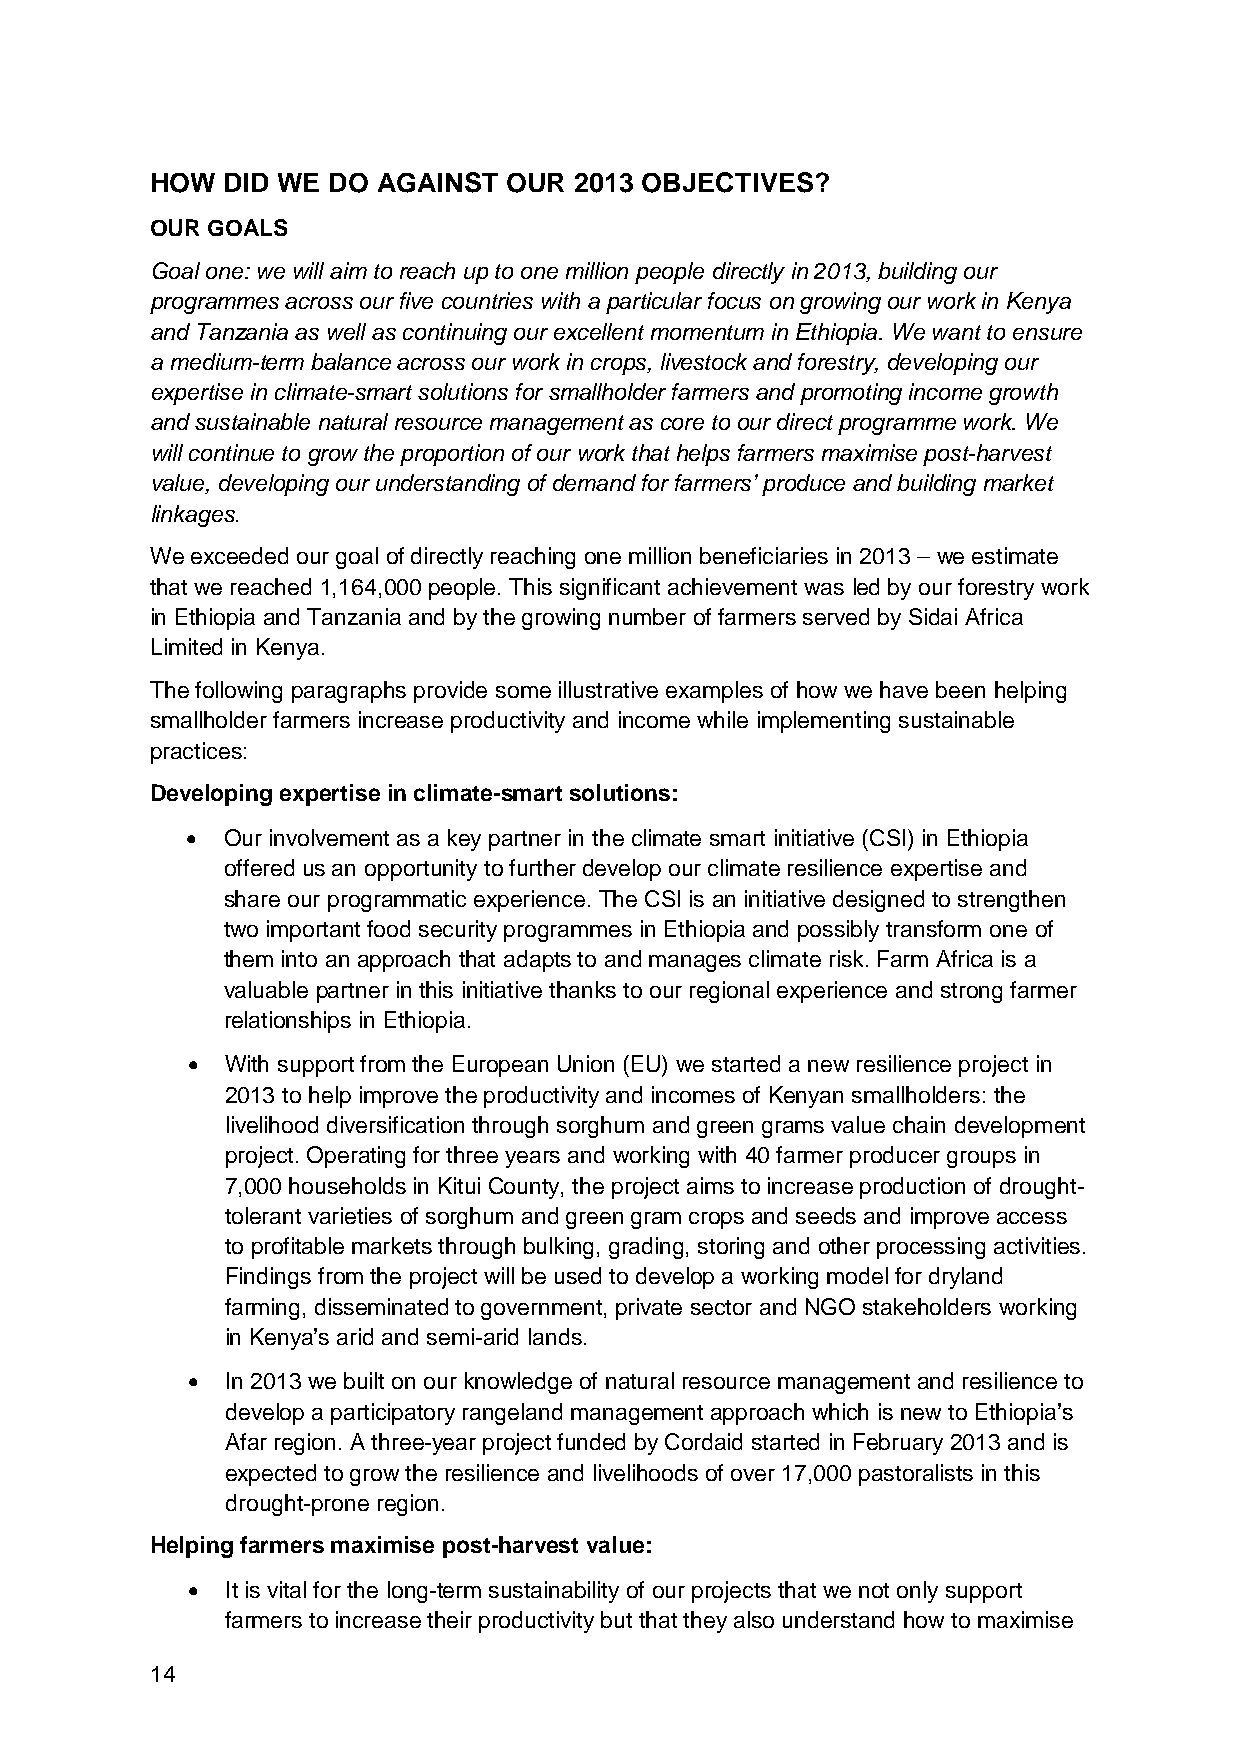
HOW  DID WE DO AGAINST  OUR 2013 OBJECTIVES?
 OUR GOALS
 Goal one: we will aim to reach up to one million people directly in 2013, building our
 programmes across our five countries with a particular focus on growing our work in Kenya
 and Tanzania as well as continuing our excellent momentum in Ethiopia. We want to ensure
 a medium-term balance across our work in crops, livestock and forestry, developing our
 expertise in climate-smart solutions for smallholder farmers and promoting income growth
 and sustainable natural resource management as core to our direct programme work. We
 will continue to grow the proportion of our work that helps farmers maximise post-harvest
 value, developing our understanding of demand for farmers’ produce and building market
 linkages.
 We exceeded our goal of directly reaching one million beneficiaries in 2013 – we estimate
 that we reached 1,164,000 people. This significant achievement was led by our forestry work
 in Ethiopia and Tanzania and by the growing number of farmers served by Sidai Africa
 Limited in Kenya.
 The following paragraphs provide some illustrative examples of how we have been helping
 smallholder farmers increase productivity and income while implementing sustainable
 practices:
 Developing expertise in climate-smart solutions:
 •  Our involvement as a key partner in the climate smart initiative (CSI) in Ethiopia
 offered us an opportunity to further develop our climate resilience expertise and
 share our programmatic experience. The CSI is an initiative designed to strengthen
 two important food security programmes in Ethiopia and possibly transform one of
 them into an approach that adapts to and manages climate risk. Farm Africa is a
 valuable partner in this initiative thanks to our regional experience and strong farmer
 relationships in Ethiopia.
 •  With support from the European Union (EU) we started a new resilience project in
 2013 to help improve the productivity and incomes of Kenyan smallholders: the
 livelihood diversification through sorghum and green grams value chain development
 project. Operating for three years and working with 40 farmer producer groups in
 7,000 households in Kitui County, the project aims to increase production of drought-
 tolerant varieties of sorghum and green gram crops and seeds and improve access
 to profitable markets through bulking, grading, storing and other processing activities.
 Findings from the project will be used to develop a working model for dryland
 farming, disseminated to government, private sector and NGO stakeholders working
 in Kenya’s arid and semi-arid lands.
 •  In 2013 we built on our knowledge of natural resource management and resilience to
 develop a participatory rangeland management approach which is new to Ethiopia’s
 Afar region. A three-year project funded by Cordaid started in February 2013 and is
 expected to grow the resilience and livelihoods of over 17,000 pastoralists in this
 drought-prone region.
 Helping farmers maximise post-harvest value:
 •  It is vital for the long-term sustainability of our projects that we not only support
 farmers to increase their productivity but that they also understand how to maximise
 14